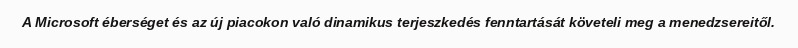
A Microsoft éberséget és az új piacokon való dinamikus terjeszkedés fenntartását követeli meg a menedzsereitől.